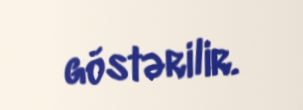
göstərilir.